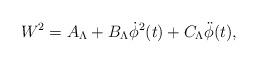
LaTeX: \begin{align*}W^2=A_{\Lambda} + B_{\Lambda}\dot{\phi}^2(t)+ C_{\Lambda} \ddot{\phi}(t) ,\end{align*}